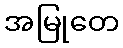
အမြုတေ